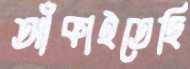
আঁকাইতেছি